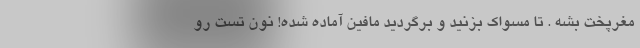
مغرپخت بشه . تا مسواک بزنید و برگردید مافین آماده شده! نون تست رو